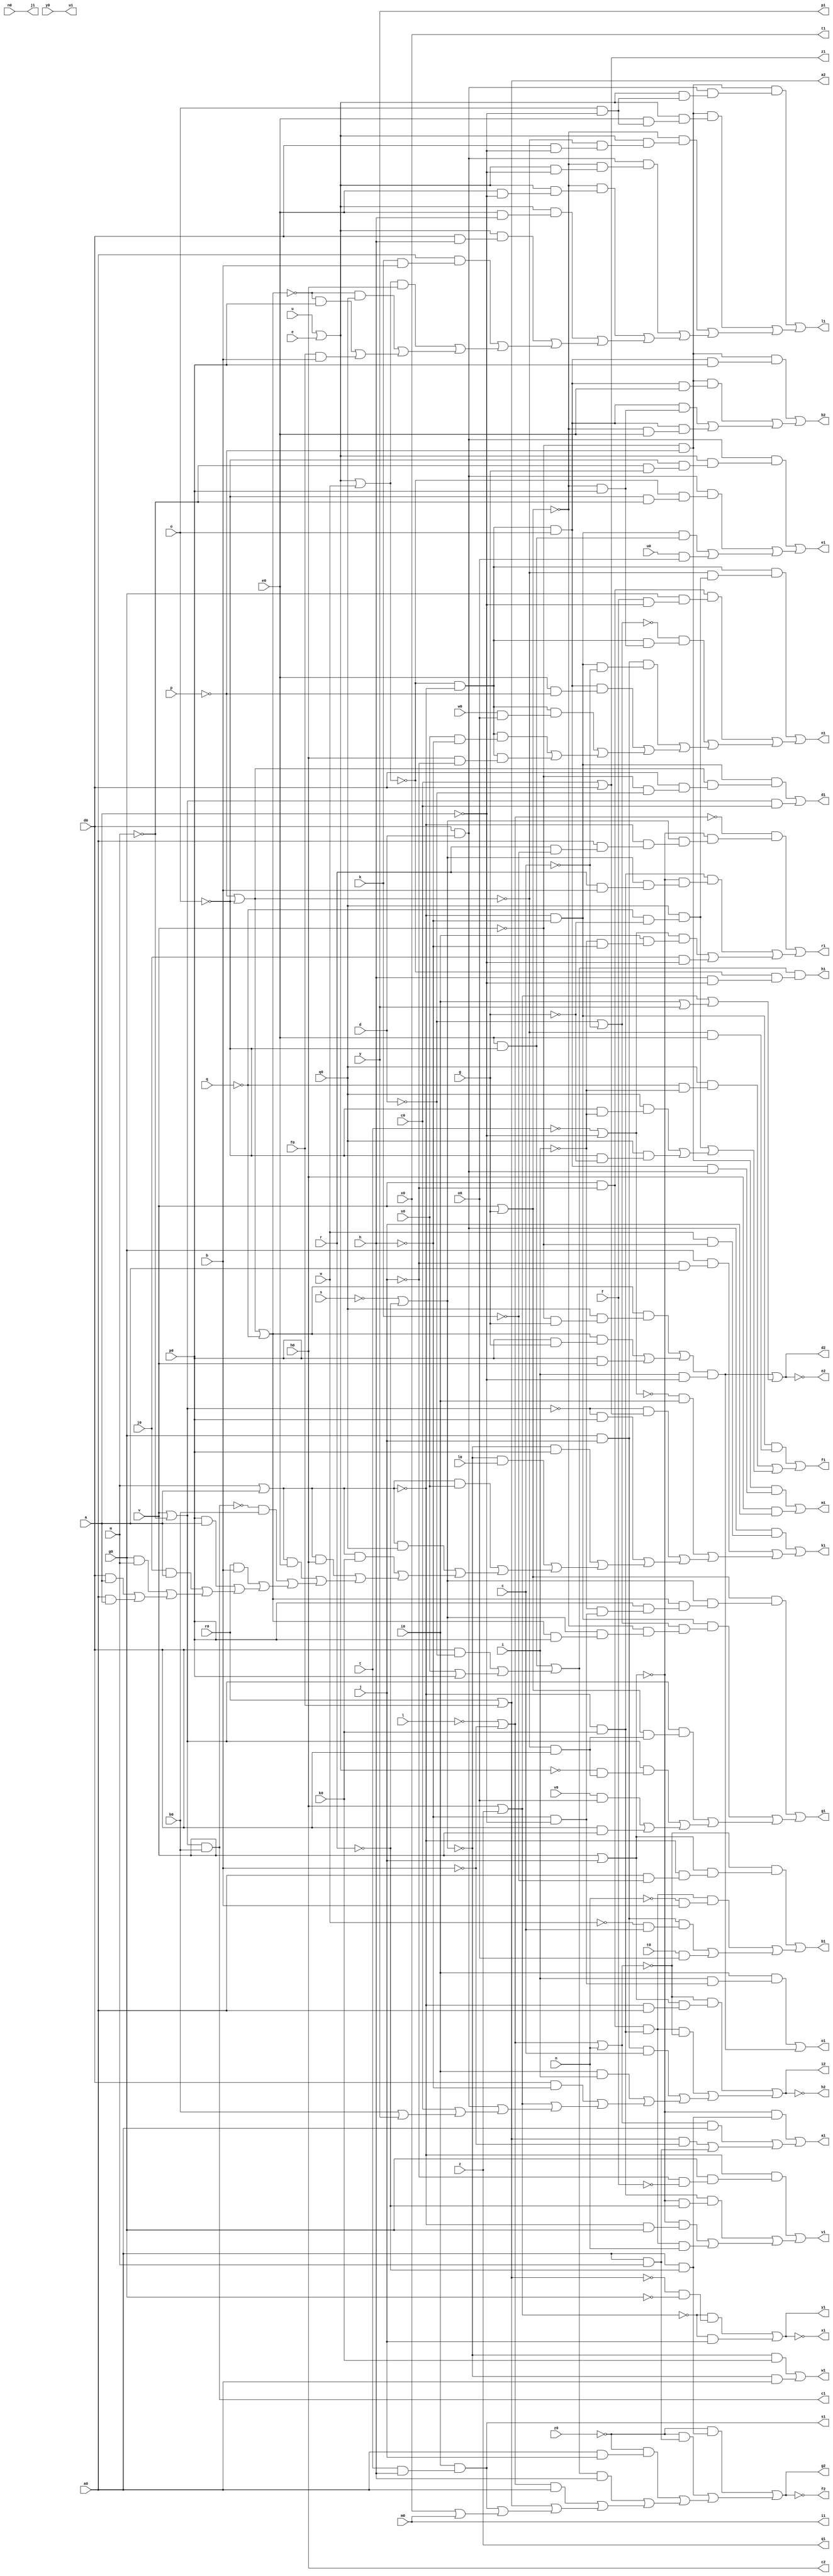
// IWLS benchmark module "x1" printed on Wed May 29 17:30:37 2002
module x1(a, b, c, d, e, f, g, h, i, j, k, l, m, n, o, p, q, r, s, t, u, v, w, y, z, a0, b0, c0, d0, e0, f0, g0, h0, i0, j0, k0, l0, m0, n0, o0, p0, q0, r0, s0, t0, u0, v0, w0, x0, y0, z0, a1, b1, c1, d1, e1, f1, g1, h1, i1, j1, k1, l1, m1, n1, o1, p1, q1, r1, s1, t1, u1, v1, w1, x1, y1, z1, a2, b2, c2, d2, e2, f2, g2, h2, i2);
input
  a,
  b,
  c,
  d,
  e,
  f,
  g,
  h,
  i,
  j,
  k,
  l,
  m,
  n,
  o,
  p,
  q,
  r,
  s,
  t,
  u,
  v,
  w,
  y,
  z,
  a0,
  b0,
  c0,
  d0,
  e0,
  f0,
  g0,
  h0,
  i0,
  j0,
  k0,
  l0,
  m0,
  n0,
  o0,
  p0,
  q0,
  r0,
  s0,
  t0,
  u0,
  v0,
  w0,
  x0,
  y0,
  z0;
output
  a1,
  a2,
  b1,
  b2,
  c1,
  c2,
  d1,
  d2,
  e1,
  e2,
  f1,
  f2,
  g1,
  g2,
  h1,
  h2,
  i1,
  i2,
  j1,
  k1,
  l1,
  m1,
  n1,
  o1,
  p1,
  q1,
  r1,
  s1,
  t1,
  u1,
  v1,
  w1,
  x1,
  y1,
  z1;
wire
  \[5] ,
  \[6] ,
  \[46] ,
  \[7] ,
  \[47] ,
  \[48] ,
  \[75] ,
  \[21] ,
  \[76] ,
  \[22] ,
  \[77] ,
  \[23] ,
  \[78] ,
  \[24] ,
  \[25] ,
  \[50] ,
  \[26] ,
  \[51] ,
  \[27] ,
  \[29] ,
  \[54] ,
  \[55] ,
  \[56] ,
  \[58] ,
  \[30] ,
  \[31] ,
  \[32] ,
  \[33] ,
  \[34] ,
  \[35] ,
  \[36] ,
  \[61] ,
  \[37] ,
  \[38] ,
  \[39] ,
  \[10] ,
  \[65] ,
  \[11] ,
  \[66] ,
  \[12] ,
  \[67] ,
  \[13] ,
  \[14] ,
  \[0] ,
  \[40] ,
  \[1] ,
  \[41] ,
  \[17] ,
  \[2] ,
  \[42] ,
  \[18] ,
  \[3] ,
  \[4] ;
assign
  \[5]  = (\[67]  & (~\[35]  & e0)) | ((q0 & (~q & ~i)) | ((q0 & (~q & ~g)) | ((q0 & (~o & ~i)) | (q0 & (~o & ~g))))),
  \[6]  = (\[42]  & (\[39]  & (\[36]  & (p0 & (~i & (~h & ~a)))))) | ((\[67]  & (\[50]  & (~\[42]  & (\[39]  & (\[36]  & p0))))) | ((\[51]  & (\[42]  & (~\[35]  & d0))) | ((\[51]  & (~\[37]  & (~\[35]  & d0))) | ((v0 & o0) | (d0 & v))))),
  \[46]  = (\[36]  & (q0 & (~v & g))) | ((\[36]  & (p0 & g)) | (p0 & v)),
  \[7]  = \[54]  & (~\[41]  & (h & ~a)),
  \[47]  = ~\[41]  & ~\[38] ,
  \[48]  = ~l | ~b,
  \[75]  = \[47]  & o,
  \[21]  = (~\[38]  & (g0 & (~j & ~f))) | ((\[65]  & (~\[40]  & ~r)) | ((~\[40]  & (~\[38]  & g0)) | (\[77]  & n))),
  \[76]  = g0 & j,
  \[22]  = (~\[39]  & k0) | (~\[39]  & a0),
  \[77]  = \[66]  & \[65] ,
  \[23]  = ~\[24] ,
  \[78]  = ~v & ~p,
  \[24]  = (~\[61]  & (~\[26]  & ~g0)) | (~\[61]  & j),
  \[25]  = c0 | d0,
  \[50]  = ~d | ~c,
  \[26]  = r0 | f0,
  \[51]  = v | ~m,
  \[27]  = (\[78]  & (\[75]  & p0)) | ((\[78]  & (\[75]  & e0)) | ((\[75]  & (~\[42]  & p0)) | (\[75]  & (~\[42]  & e0)))),
  \[29]  = (\[46]  & (i & ~a)) | (\[61]  | (i0 | y)),
  \[54]  = (e0 & ~o) | ((d0 & ~d) | (s0 | p0)),
  a1 = \[0] ,
  a2 = \[26] ,
  \[55]  = d0 & d,
  b1 = \[1] ,
  b2 = \[27] ,
  \[56]  = ~t | ~a,
  c1 = \[2] ,
  c2 = h0,
  d1 = \[3] ,
  d2 = \[29] ,
  \[58]  = \[48]  | n,
  e1 = \[4] ,
  e2 = \[30] ,
  f1 = \[5] ,
  f2 = \[31] ,
  g1 = \[6] ,
  \[30]  = ~\[29] ,
  g2 = \[32] ,
  h1 = \[7] ,
  \[31]  = ~\[32] ,
  h2 = \[33] ,
  i1 = m0,
  \[32]  = (~z0 & (a0 & ~r)) | ((~z0 & (a0 & m)) | ((~z0 & (a0 & j)) | ((\[54]  & h) | ((\[48]  & a0) | (\[26]  | (\[18]  | (x0 | m0))))))),
  i2 = \[34] ,
  j1 = n0,
  \[33]  = ~\[34] ,
  k1 = \[10] ,
  \[34]  = (~\[58]  & (\[40]  & (~\[38]  & a0))) | ((\[77]  & ~\[58] ) | ((\[76]  & c) | ((i0 & i) | ((d0 & ~h) | (\[61]  | (\[55]  | (c0 | (b0 | y)))))))),
  l1 = \[11] ,
  \[35]  = ~p | ~o,
  m1 = \[12] ,
  \[36]  = \[35]  | ~q,
  \[61]  = h0 | z,
  n1 = \[13] ,
  \[37]  = u | e,
  o1 = \[14] ,
  \[38]  = m | a,
  p1 = y,
  \[39]  = ~s | ~r,
  q1 = z,
  \[10]  = (\[55]  & (w & ~v)) | ((g0 & (~j & a)) | ((~\[56]  & i0) | ((~\[51]  & \[25] ) | ((~\[51]  & p0) | ((~\[39]  & p0) | ((~\[39]  & l0) | ((\[38]  & s0) | ((\[38]  & q0) | ((\[38]  & k0) | ((\[38]  & h0) | ((\[38]  & e0) | ((~\[2]  & b0) | ((r0 & b) | ((p0 & a) | ((j0 & a) | ((g0 & m) | ((d0 & a) | (a0 & a)))))))))))))))))),
  \[65]  = ~\[38]  & k0,
  r1 = \[17] ,
  \[11]  = (\[78]  & (\[55]  & (\[37]  & (o & ~a)))) | ((\[78]  & (\[37]  & (e0 & (o & ~a)))) | ((~\[42]  & (\[37]  & (~\[35]  & (d0 & ~a)))) | ((\[55]  & (~\[42]  & (\[37]  & ~a))) | ((~\[42]  & (\[37]  & (e0 & ~a))) | ((\[37]  & (e0 & h)) | ((\[37]  & (d0 & h)) | ((a0 & (k & b)) | ((\[41]  & h0) | ((~\[36]  & q0) | ((~\[36]  & p0) | (f0 & b))))))))))),
  \[66]  = v & ~j,
  s1 = \[18] ,
  \[12]  = (\[78]  & (\[75]  & \[55] )) | (h0 & j),
  \[67]  = ~\[38]  & ~h,
  t1 = x0,
  \[13]  = (\[47]  & (~\[35]  & (q0 & (~q & ~g)))) | ((\[66]  & (g0 & (f & ~a))) | ((~\[50]  & (\[47]  & (~\[42]  & p0))) | ((\[76]  & (\[67]  & ~c)) | ((\[75]  & (e0 & ~p)) | ((\[47]  & (w0 & o0)) | ((\[47]  & (s0 & ~h)) | (\[47]  & (h0 & ~j)))))))),
  u1 = y0,
  \[14]  = (i0 & (i & (~h & ~a))) | (\[46]  & (i & ~a)),
  v1 = \[21] ,
  \[0]  = (~\[40]  & (a0 & ~r)) | ((\[58]  & a0) | ((\[26]  & ~b) | (a0 & m))),
  w1 = \[22] ,
  \[40]  = v | j,
  \[1]  = (~\[58]  & (\[40]  & (~\[38]  & (a0 & ~k)))) | ((\[77]  & (~n & b)) | ((\[76]  & (~w & c)) | (t0 & o0))),
  x1 = \[23] ,
  \[41]  = \[37]  | w,
  \[17]  = (~\[48]  & (~\[40]  & (\[39]  & (~\[38]  & (a0 & (r & ~k)))))) | ((\[65]  & (~\[40]  & (\[39]  & (r & b)))) | ((\[56]  & (i0 & (~i & ~h))) | (j0 & ~a))),
  \[2]  = \[51]  & b0,
  y1 = \[24] ,
  \[42]  = v | g,
  \[18]  = i0 & (t & h),
  \[3]  = (\[67]  & (\[35]  & (d0 & (~v & ~d)))) | (\[51]  & c0),
  z1 = \[25] ,
  \[4]  = (\[55]  & (\[37]  & (~o & (~m & g)))) | ((\[55]  & (~\[41]  & (~o & ~m))) | ((\[67]  & (e0 & ~o)) | (u0 & o0)));
endmodule